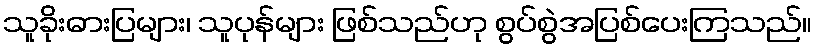
သူခိုးဓားပြများ၊ သူပုန်များ ဖြစ်သည်ဟု စွပ်စွဲအပြစ်ပေးကြသည်။